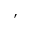
\prime